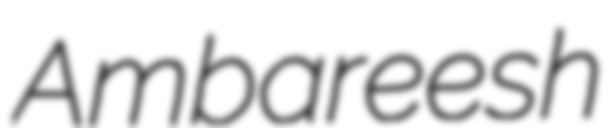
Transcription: Ambareesh